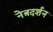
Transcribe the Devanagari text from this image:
नेत्रदर्शन